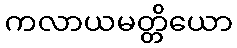
ကလာယမတ္တိယော